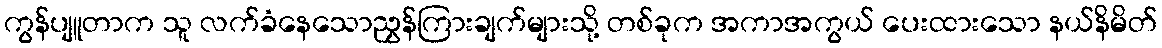
ကွန်ပျူတာက သူ လက်ခံနေသောညွှန်ကြားချက်များသို့ တစ်ခုက အကာအကွယ် ပေးထားသော နယ်နိမိတ်